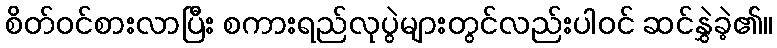
စိတ်ဝင်စားလာပြီး စကားရည်လုပွဲများတွင်လည်းပါဝင် ဆင်နွှဲခဲ့၏။